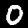
Label: 0